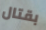
بقتال